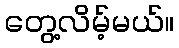
တွေ့လိမ့်မယ်။